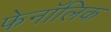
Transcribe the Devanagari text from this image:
फेनॉलिक